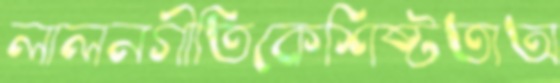
লালনগীতিকেশিষ্টতাঅ